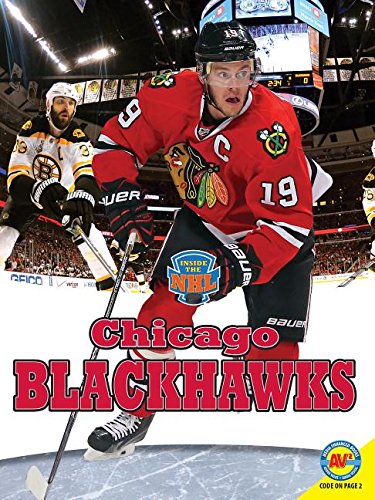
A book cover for Chicago Blackhawks (Inside the NHL); Erin Butler; Children's Books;